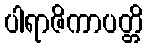
ပါရာဇိကာပတ္တိ